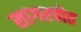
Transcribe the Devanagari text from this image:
सागरपोत